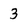
Character: 3